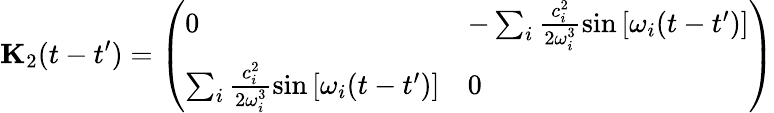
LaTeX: \mathbf{{K}}_{2}(t-t^{\prime})=\left(\begin{array}{ll}{0}&{-\sum_{i}\frac{c_{i}^{2}}{2\omega_{i}^{3}}\sin\left[\omega_{i}(t-t^{\prime})\right]}\\ {\sum_{i}\frac{c_{i}^{2}}{2\omega_{i}^{3}}\sin\left[\omega_{i}(t-t^{\prime})\right]}&{0}\end{array}\right)